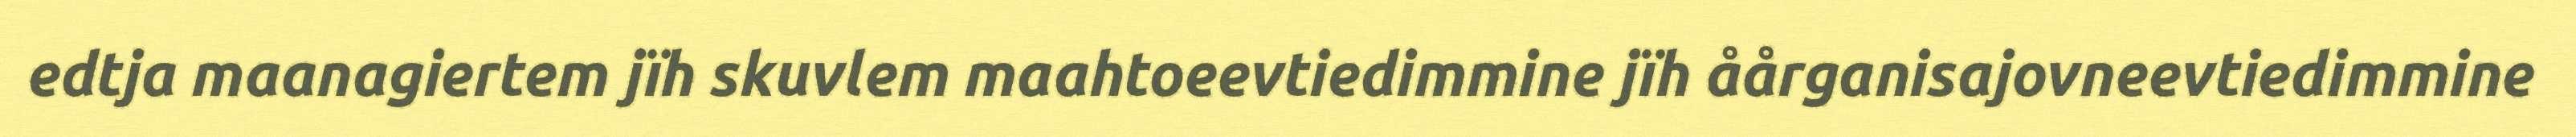
edtja maanagiertem jïh skuvlem maahtoeevtiedimmine jïh åårganisajovneevtiedimmine